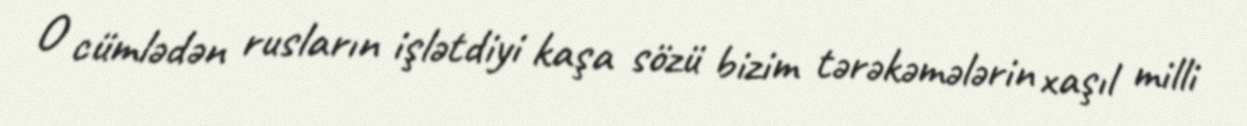
O cümlədən rusların işlətdiyi kaşa sözü bizim tərəkəmələrin xaşıl milli